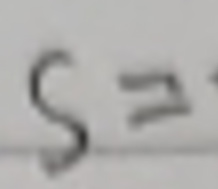
$S=$